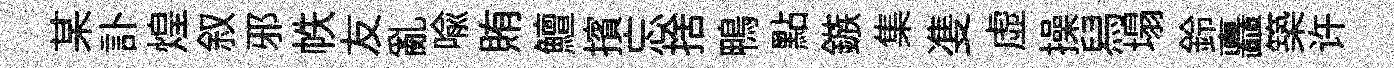
某訃煌叙邪帙友亂喩賄鱣擯忘捨鴨點鏃集㕠虚操舄塌鈴矗築许